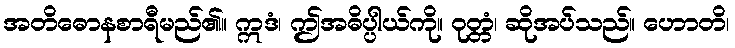
အတိဓောနစာရီမည်၏။ ဣဒံ၊ ဤအဓိပ္ပါယ်ကို။ ဝုတ္တံ၊ ဆိုအပ်သည်။ ဟောတိ၊